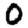
Digit: 0